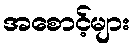
အစောင့်များ